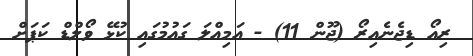
ރިއޯ ޑިޖެނެއިރޯ (ޖޫން 11) - އަމިއްލަ ގައުމުގައި ކުޅޭ ވޯލްޑް ކަޕަށް